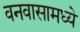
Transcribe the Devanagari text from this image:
वनवासामध्ये